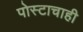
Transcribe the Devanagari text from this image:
पोस्टाचाही